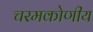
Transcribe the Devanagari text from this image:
चरमकोणीय